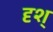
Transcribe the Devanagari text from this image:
दृश्